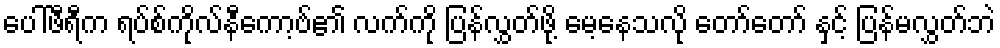
ပေါ်ဖီရီက ရပ်စ်ကိုလ်နီကော့ဗ်၏ လက်ကို ပြန်လွှတ်ဖို့ မေ့နေသလို တော်တော် နှင့် ပြန်မလွှတ်ဘဲ